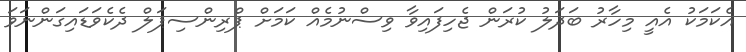
އެކަމަކު އެއީ މިހާރު ބަދަލު ކުރަން ޖެހިފައިވާ ވިސްނުމެއް ކަމަށް ޕްރިންސިޕަލް ދެކެވަޑައިގަންނަވަ